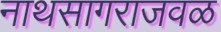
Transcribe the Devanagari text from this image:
नाथसागराजवळ